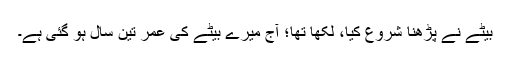
بیٹے نے پڑھنا شروع کیا، لکھا تھا؛ آج میرے بیٹے کی عمر تین سال ہو گئی ہے۔